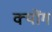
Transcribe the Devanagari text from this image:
क्योंग